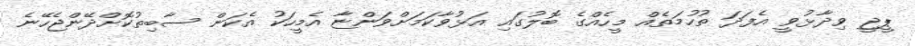
ޕީޖީ ވިދާޅުވީ އެފަދަ ތުހުމަތެއް މީހެއްގެ ބޮލުގައި އަޅުވާކަމަށްވަންޏާ އެމީހަކު އެކަން ސާބިތުކޮށްދޭންޖެހޭނެ